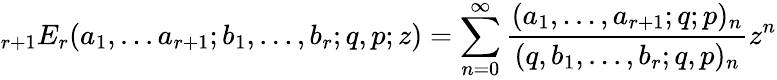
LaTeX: \displaystyle{}_{r+1}E_{r}(a_{1},...a_{r+1};b_{1},...,b_{r};q,p;z)=\sum_{n=0}^{\infty}{\frac{(a_{1},...,a_{r+1};q;p)_{n}}{(q,b_{1},...,b_{r};q,p)_{n}}}z^{n}